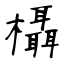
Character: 欇